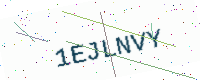
Text: 1EJLNVY